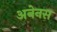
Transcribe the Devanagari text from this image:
अनेनस